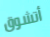
أتشوق